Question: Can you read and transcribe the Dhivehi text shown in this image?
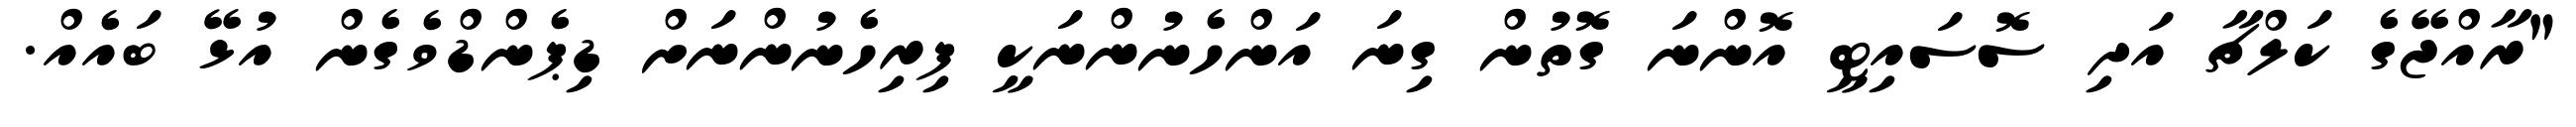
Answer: "ރާއްޖޭގެ ކަލްޗާ އަދި ސޮސައިޓީ އޮންނަ ގޮތުން ގިނަ އަންހެނުންނަކީ ފިރިހެނުންނަށް ޑިޕެންޑްވެގެން އުޅޭ ބައެއް.